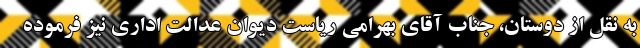
به نقل از دوستان، جناب آقای بهرامی ریاست دیوان عدالت اداری نیز فرموده